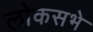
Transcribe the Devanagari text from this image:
लोकसभे